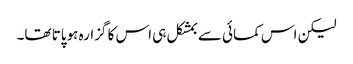
لیکن اس کمائی سے بمشکل ہی اس کا گزارہ ہوپاتا تھا۔